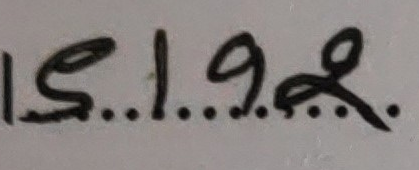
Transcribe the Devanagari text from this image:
१९.१.९२